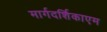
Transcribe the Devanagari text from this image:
मार्गदर्शिकाएम